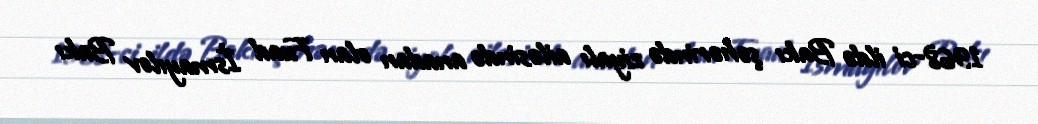
1968-ci ildə Bakı şəhərində ziyalı ailəsində anadan olan Fuad İsmayılov Bakı